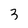
Character: 3